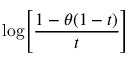
\log \! \left[ { \frac { 1 - \theta ( 1 - t ) } { t } } \right]